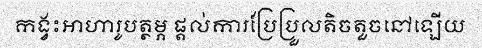
កង្វះអាហារូបត្ថម្ភ ផ្តល់ការប្រែប្រួលតិចតួចនៅឡើយ